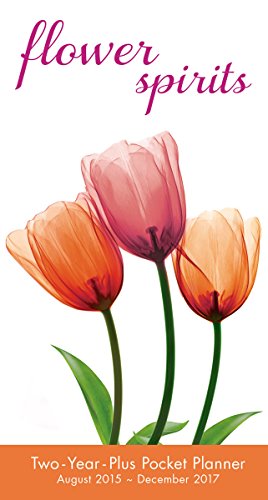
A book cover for Flower Spirits August 2015 - December 2017 Checkbook/18 month pocket planner Calendar; Steven N. Meyers; Calendars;